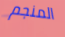
المنجم